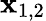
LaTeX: \mathbf{x}_{1,2}